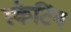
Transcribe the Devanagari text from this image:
स्‍केटिंग